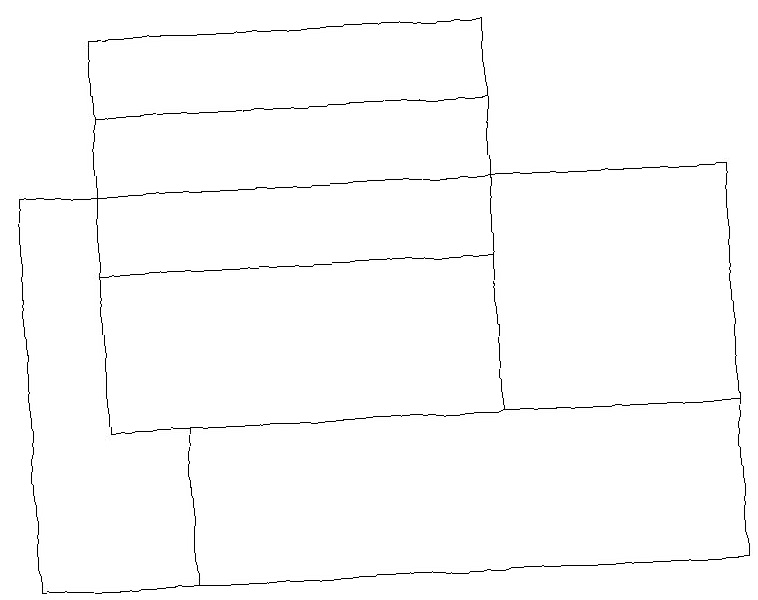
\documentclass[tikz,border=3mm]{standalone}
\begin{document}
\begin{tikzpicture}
\draw (9,17) rectangle (0,12);
\draw (1,14) rectangle (6,18);
\draw (2,14) rectangle (9,12);
\draw (6,16) rectangle (1,19);
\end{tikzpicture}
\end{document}